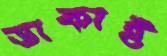
ডাকাই